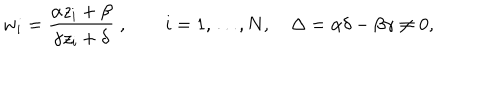
w _ { i } = { \frac { \alpha z _ { i } + \beta } { \gamma z _ { i } + \delta } } \; , \qquad i = 1 , \dots , N , \quad \Delta = \alpha \delta - \beta \gamma \ne 0 ,